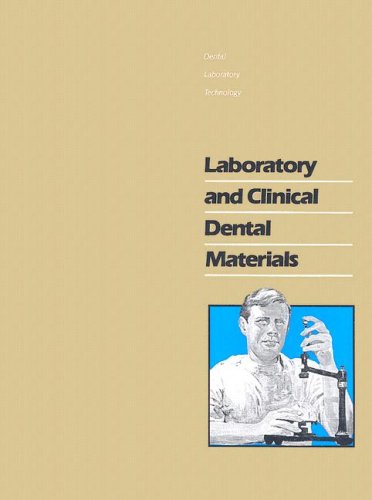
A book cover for Laboratory and Clinical Dental Materials (Dental Laboratory Technology Manuals); Karl F. Leinfelder; Medical Books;